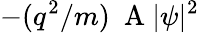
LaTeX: -(q^{2}/m)\mathrm{~\mathbf~A~}|\psi|^{2}